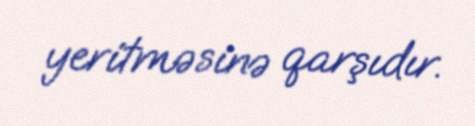
yeritməsinə qarşıdır.